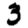
Digit: 3